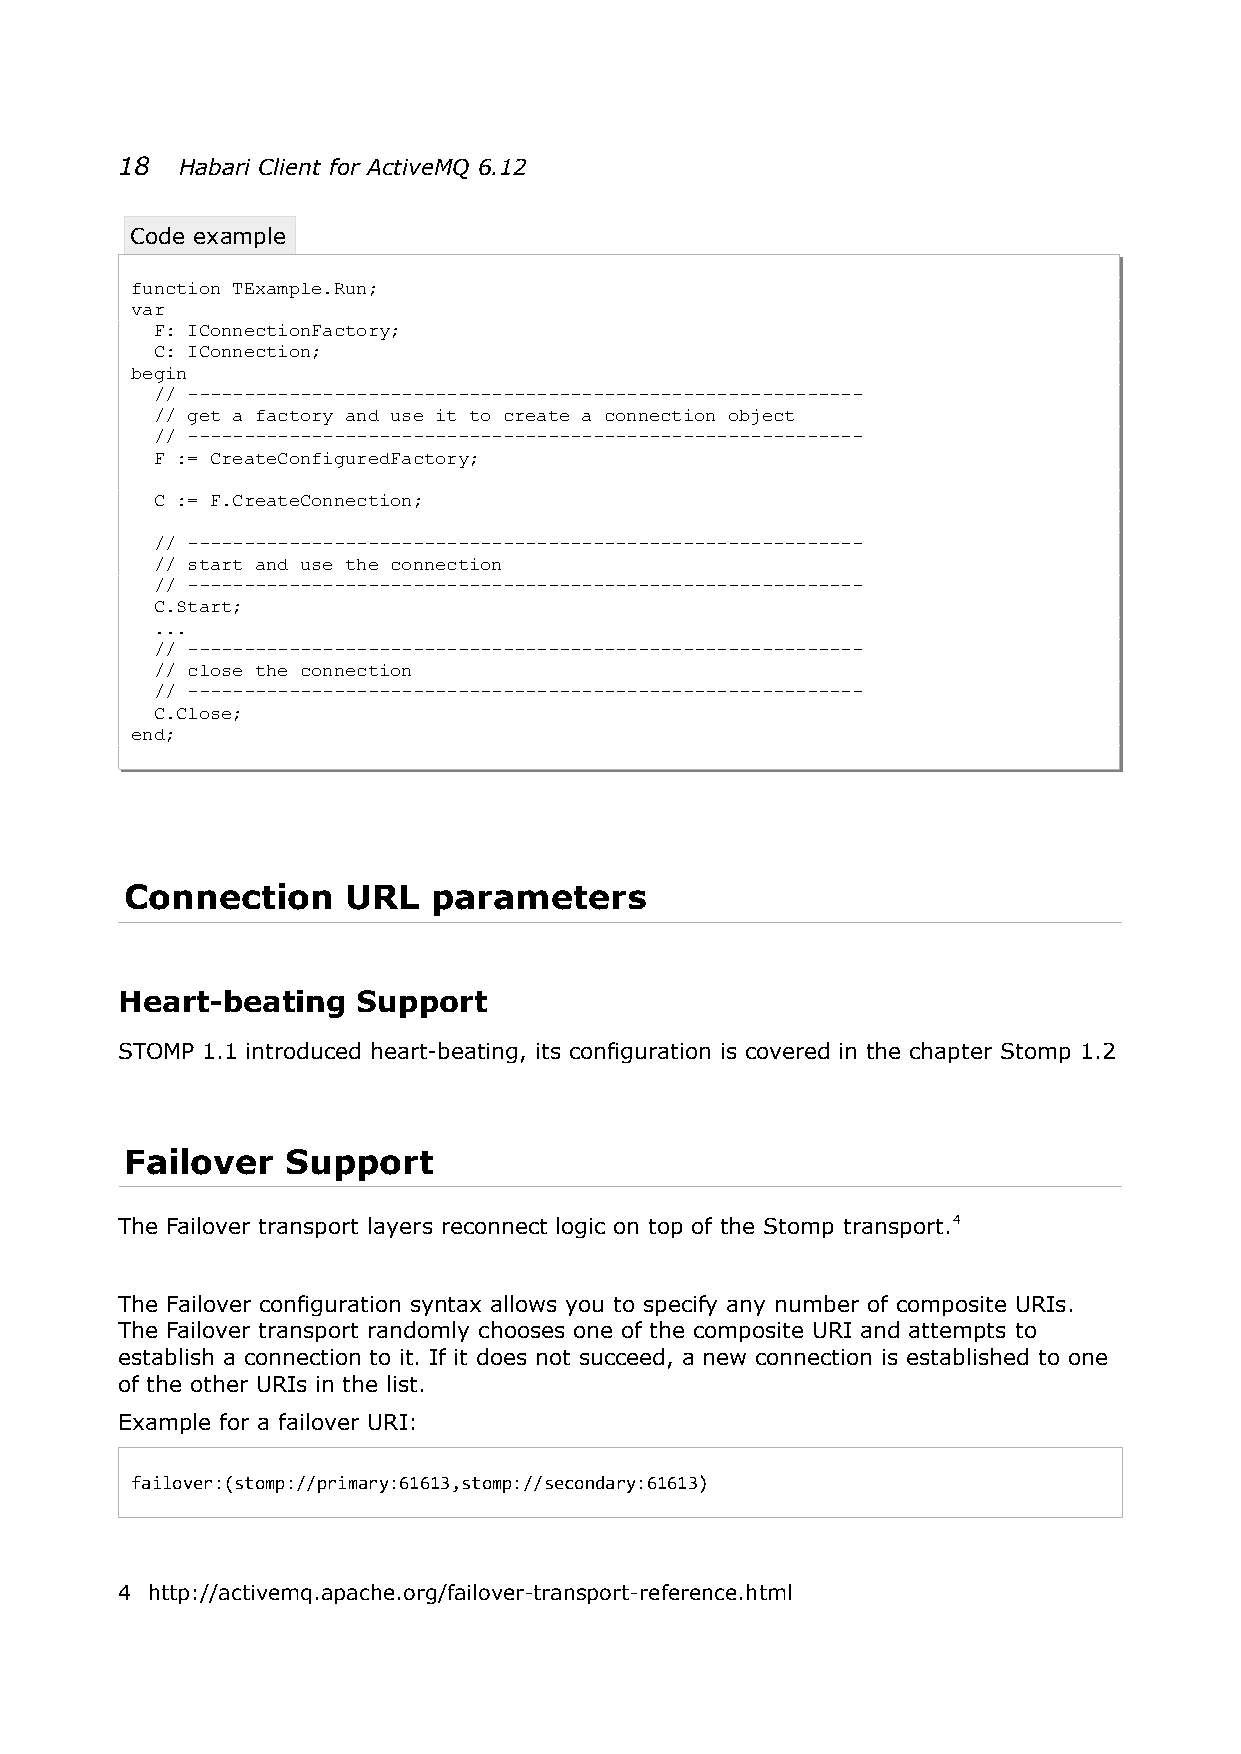
18  Habari Client for ActiveMQ 6.12
 Code example
 function TExample.Run;
 var
 F: IConnectionFactory;
 C: IConnection;
 begin
 // ------------------------------------------------------------
 // get a factory and use it to create a connection object
 // ------------------------------------------------------------
 F := CreateConfiguredFactory;
 C := F.CreateConnection;
 // ------------------------------------------------------------
 // start and use the connection
 // ------------------------------------------------------------
 C.Start;
 ...
 // ------------------------------------------------------------
 // close the connection
 // ------------------------------------------------------------
 C.Close;
 end;
 Connection     URL   parameters
 Heart-beating   Support
 STOMP 1.1 introduced heart-beating, its configuration is covered in the chapter Stomp 1.2
 Failover   Support
 The Failover transport layers reconnect logic on top of the Stomp transport.4
 The Failover configuration syntax allows you to specify any number of composite URIs.
 The Failover transport randomly chooses one of the composite URI and attempts to
 establish a connection to it. If it does not succeed, a new connection is established to one
 of the other URIs in the list.
 Example for a failover URI:
 failover:(stomp://primary:61613,stomp://secondary:61613)
 4 http://activemq.apache.org/failover-transport-reference.html